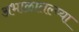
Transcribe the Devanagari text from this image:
अभाळातल्य्या